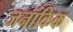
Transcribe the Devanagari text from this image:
जनांकिक